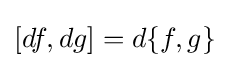
[df,dg]=d\{f,g\}